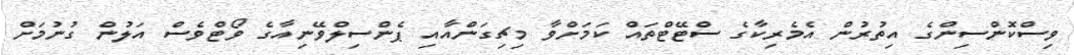
ވިސްކޮންސިންގެ އިތުރުން އެމެރިކާގެ ސްޓޭޓްތައް ކަމަށްވާ މިޗިގަންއާއި ޕެންސިލްވޭނިއާގެ ވޯޓްވެސް އަލުން ގުނުމަށް